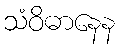
သံဝိဓာနေန